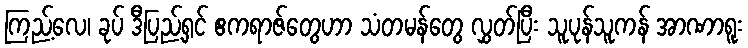
ကြည့်လေ၊ ခုပ် ဒီပြည့်ရှင် ဧကရာဇ်တွေဟာ သံတမန်တွေ လွှတ်ပြီး သူပုန်သူကန် အာဏာရူး